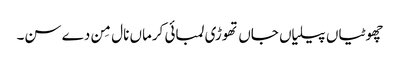
چھوٹیاں پیلیاں جاں تھوڑی لمبائی کرماں نال مِن دے سن۔